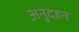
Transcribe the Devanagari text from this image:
अनुदहन